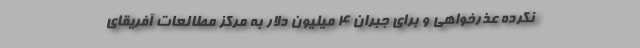
نکرده عذرخواهی و برای جبران ۴ میلیون دلار به مرکز مطالعات آفریقای